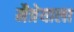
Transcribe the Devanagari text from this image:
मैत्रेयाला